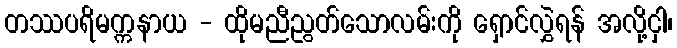
တဿပရိမက္ကနာယ - ထိုမညီညွတ်သောလမ်းကို ရှောင်လွှဲရန် အလို့ငှါ၊